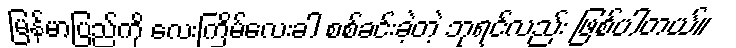
မြန်မာပြည်ကို လေးကြိမ်လေးခါ စစ်ခင်းခဲ့တဲ့ ဘုရင်လည်း ဖြစ်ပါတယ်။